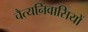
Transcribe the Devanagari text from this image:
चैत्यनिवासियों